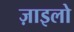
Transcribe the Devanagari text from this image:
ज़ाइलो